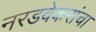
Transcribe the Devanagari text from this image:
नरडवेकरांचा